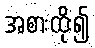
အစားထိုး၍